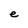
Character: e